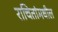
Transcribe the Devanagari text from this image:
राचितांमधील